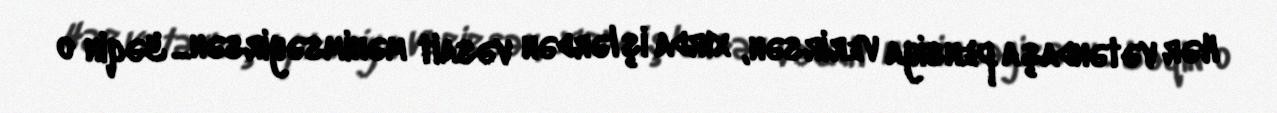
Hər vətəndaşa pensiya verirsən, xırda işlərdən vəsait mənimsəyirsən... Yəqin o